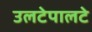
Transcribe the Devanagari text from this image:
उलटेपालटे